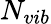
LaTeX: N_{vib}